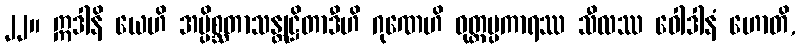
၂၂။ ဣဒါနိ ယေဟိ အပ္ပိစ္ဆတာသန္တုဋ္ဌိတာဒီဟိ ဂုဏေဟိ ဝုတ္တပ္ပကာရဿ သီလဿ ဝေါဒါနံ ဟောတိ,